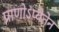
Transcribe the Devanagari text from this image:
प्राणोऽप्येतेन